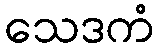
သေဒကံ